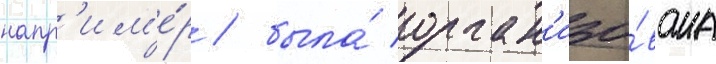
напр'им'е́р / была́ орган'изо́вана